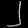
Digit: ၂